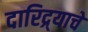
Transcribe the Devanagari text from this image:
दारिद्र्याचे